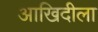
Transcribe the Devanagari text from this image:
आखिदीला